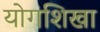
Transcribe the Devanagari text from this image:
योगशिखा